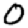
Digit: 0